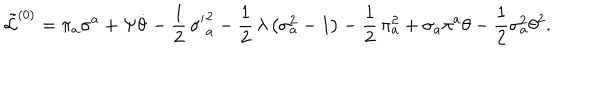
\tilde { \cal L } ^ { ( 0 ) } = \pi _ { a } \dot { \sigma } ^ { a } + \Psi \dot { \theta } - \frac { 1 } { 2 } \, { \sigma ^ { \prime } } _ { a } ^ { 2 } - \frac { 1 } { 2 } \, \lambda \, \bigl ( \sigma _ { a } ^ { 2 } - 1 \bigr ) - \frac { 1 } { 2 } \, \pi _ { a } ^ { 2 } + \sigma _ { a } \pi ^ { a } \theta - \frac { 1 } { 2 } \sigma _ { a } ^ { 2 } \theta ^ { 2 } .